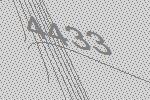
4433